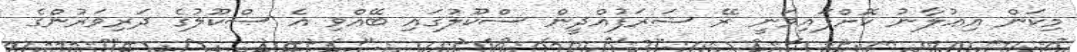
މިކަން އިޢުލާނު ކޮށްފައިވަނީ ރޭ ޝަރަފުއްދީން ސްކޫލުގައި ބޭއްވި އެ ސްކޫލުގެ ދަރިވަރުންގެ